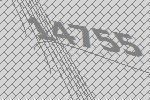
14755